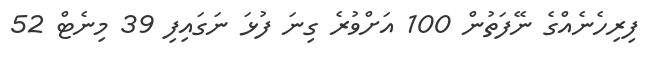
ފިރިހެނެއްގެ ނޭފަތުން 100 އަށްވުރެ ގިނަ ފުޅަ ނަގައިފި 39 މިނެޓް 52